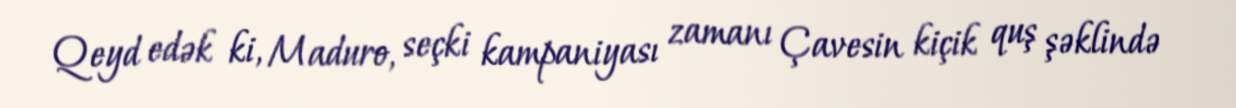
Qeyd edək ki, Maduro, seçki kampaniyası zamanı Çavesin kiçik quş şəklində